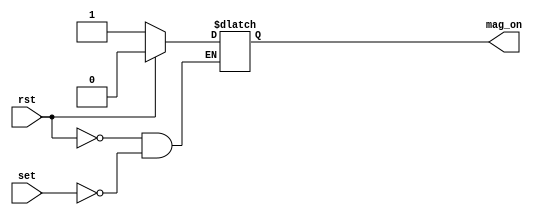
// This program was cloned from: https://github.com/MathBorgess/hardware_studies
// License: MIT License

module srlatch (
    input wire rst, set,
    output reg mag_on
);
    always @(rst, set) begin
        if (rst) 
            mag_on <= 0;
        else if (set)  
            mag_on <= 1;
        else mag_on <= mag_on;
    end
endmodule